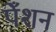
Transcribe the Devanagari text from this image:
पेँशन